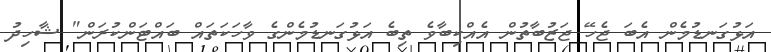
އަޅުގަނޑުމެން އެބަ ޖެހޭ ޖަޒުބާތުން އެއްކިބާވެ ތިބެ އަޅުގަނޑުމެންގެ ވާހަކަތައް ބައްޓަންކުރަން" ޝާހިދު